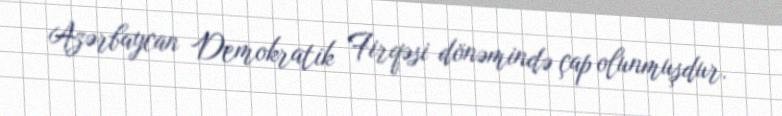
Azərbaycan Demokratik Firqəsi dönəmində çap olunmuşdur.